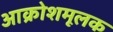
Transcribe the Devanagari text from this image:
आक्रोशमूलक